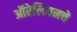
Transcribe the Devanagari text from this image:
ऑरेलियनचे